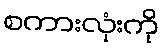
စကားလုံးကို